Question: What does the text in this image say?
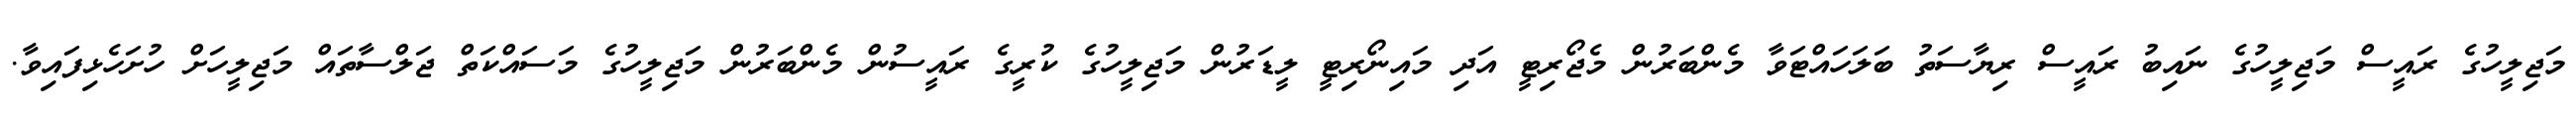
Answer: މަޖިލީހުގެ ރައީސް މަޖިލީހުގެ ނައިބު ރައީސް ރިޔާސަތު ބަލަހައްޓަވާ މެންބަރުން މެޖޯރިޓީ އަދި މައިނޯރިޓީ ލީޑަރުން މަޖިލީހުގެ ކުރީގެ ރައީސުން މެންބަރުން މަޖިލީހުގެ މަސައްކަތް ޖަލްސާތައް މަޖިލީހަށް ހުށަހެޅިފައިވާ.